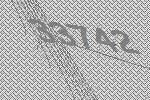
33742